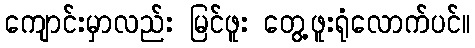
ကျောင်းမှာလည်း မြင်ဖူး တွေ့ဖူးရုံလောက်ပင်။